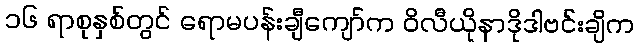
၁၆ ရာစုနှစ်တွင် ရောမပန်းချီကျော်က ဝိလီယိုနာဒိုဒါဗင်းချိက